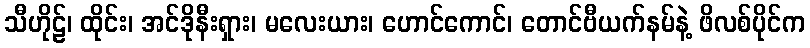
သီဟိုဠ်၊ ထိုင်း၊ အင်ဒိုနီးရှား၊ မလေးယား၊ ဟောင်ကောင်၊ တောင်ဗီယက်နမ်နဲ့ ဖိလစ်ပိုင်က